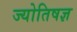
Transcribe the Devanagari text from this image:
ज्योतिषज्ञ